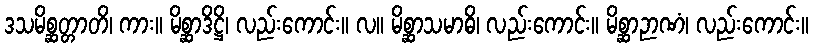
ဒသမိစ္ဆတ္တာတိ၊ ကား။ မိစ္ဆာဒိဋ္ဌိ၊ လည်းကောင်း။ လ။ မိစ္ဆာသမာဓိ၊ လည်းကောင်း။ မိစ္ဆာဉာဏံ၊ လည်းကောင်း။